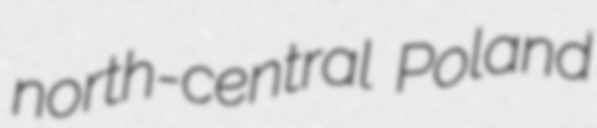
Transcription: north-central Poland